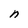
Character: n